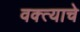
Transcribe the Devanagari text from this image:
वक्त्याचे